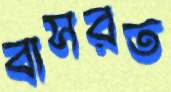
বাসরত